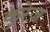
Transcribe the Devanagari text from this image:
कुरेज़